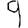
Digit: 9